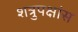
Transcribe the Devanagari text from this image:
शत्रुपक्षांस